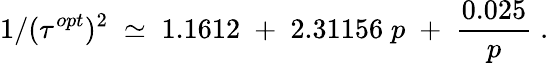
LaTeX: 1/(\tau^{opt})^{2}\; \simeq\; 1.1612\; +\; 2.31156\; p\; +\; {\frac{0.025}{p}}\; .